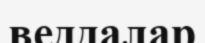
веддалар